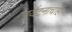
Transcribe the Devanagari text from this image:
पर्यटनाचाही